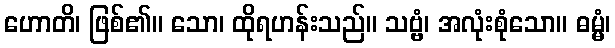
ဟောတိ၊ ဖြစ်၏။ သော၊ ထိုရဟန်းသည်။ သဗ္ဗံ၊ အလုံးစုံသော။ ဓမ္မံ၊